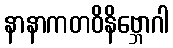
နာနာကတဝိနိဗ္ဘောဂါ